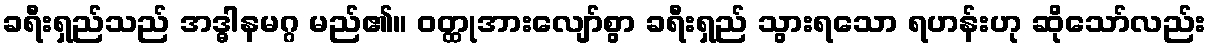
ခရီးရှည်သည် အဒ္ဓါနမဂ္ဂ မည်၏။ ဝတ္ထုအားလျော်စွာ ခရီးရှည် သွားရသော ရဟန်းဟု ဆိုသော်လည်း